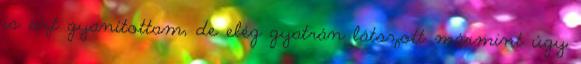
is azt gyanítottam, de elég gyatrán látszott mármint úgy